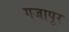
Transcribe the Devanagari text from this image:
गजापूर